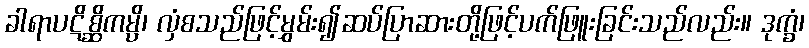
ခါရာပဋိစ္ဆိကမ္ပိ၊ လှံစသည်ဖြင့်မွှမ်း၍ဆပ်ပြာဆားတို့ဖြင့်ပက်ဖြူးခြင်းသည်လည်း။ ဒုက္ခံ၊